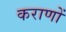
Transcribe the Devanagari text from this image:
कराणों